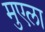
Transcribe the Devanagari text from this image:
मुएला